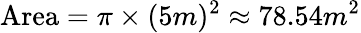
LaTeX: \mathrm{Area}=\pi\times(5m)^{2}\approx 78{.}54m^{2}